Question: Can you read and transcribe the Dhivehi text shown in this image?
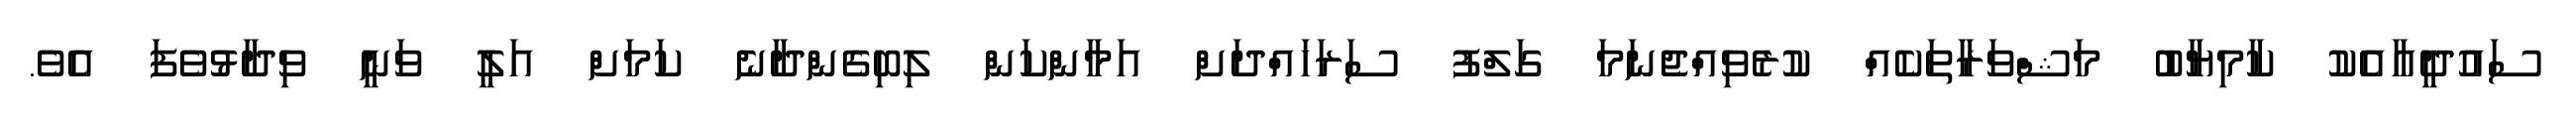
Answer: ސައުދީއާއެކު ކާމިޔާބު މަޝްވަރާތަކެއް ކުރެވިއްޖެނަމަ ގަލްފު ސަރަހައްދަށް އަމާންކަން ލިބިގެންދާނެ ކަމަށް އަލީ ވަނީ ވިދާޅުވެފަ އެވެ.